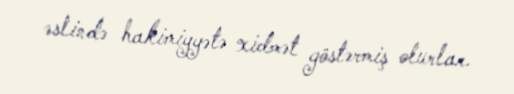
əslində hakimiyyətə xidmət göstərmiş olurlar.